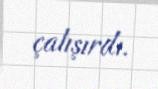
çalışırdı.